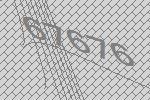
67676